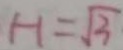
H = \sqrt { 3 }